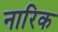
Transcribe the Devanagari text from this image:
नारिक